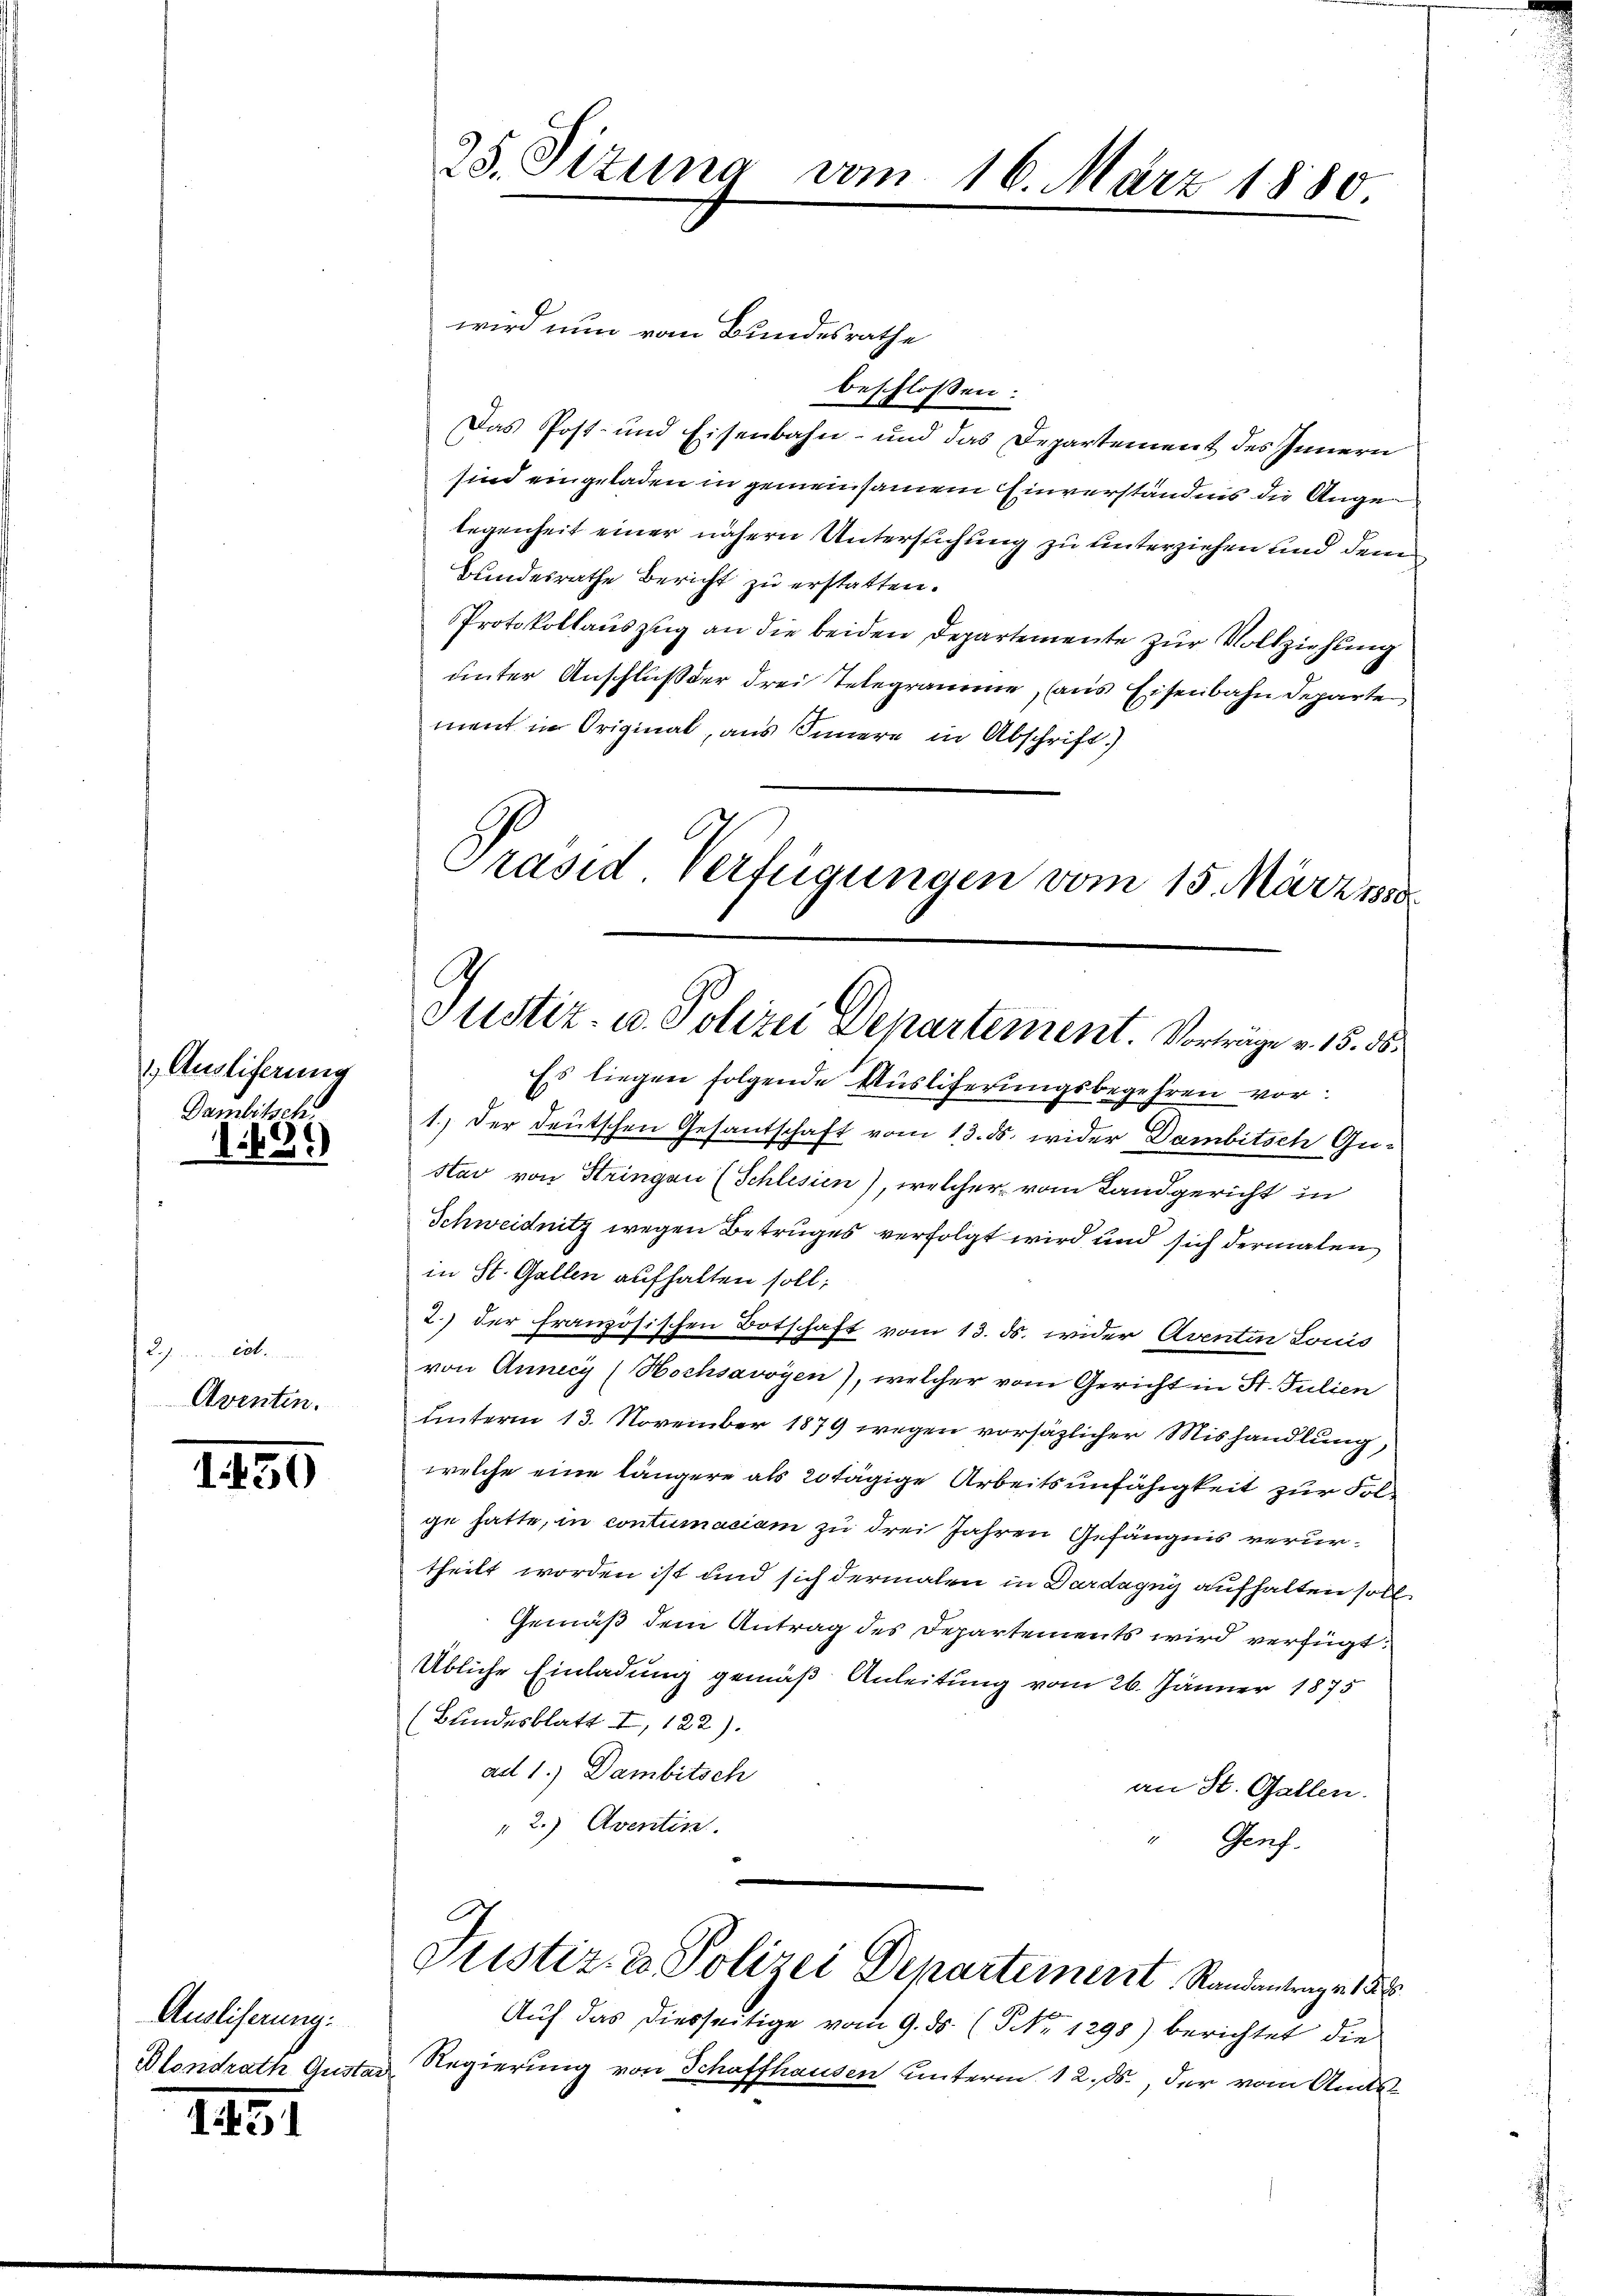
Ausliferung
Dambitsch.
183.

Des wegen
Aventen.

1450

Ausliserung:
Blondrath Gusta

1451

wird nun vom Bundesrathe
beschlossen:
Das Post- und Eisenbahn- und das Departement des Innern
sind eingeladen in gemeinsamen Einverständnis die Angelegenheit einer nähern Untersuchung zu unterziehen und denn
Bundesrathe Bericht zu erstatten.
Protokollauszug an die beiden Departemente zur Vollziehung
unter Anschluß der drei Telegramme, aus Eisenbahndeparte
ment in Original, aus Innere in Abschrift)

25. Sitzung vom 16. März 1880

Präsid Verfügungen vom 15. März 1888
G
Justiz- u. Polizei Departement. Vortrage v. 15. 55.

Es liegen folgende Ausliterungsbegehren vor¬
1.) Der deutschen Gesandschaft vom 13. ds. wider Dambitsch Ge-
stav von Stringen (Schlesien), welcher vom Landgericht in
Schweidnitz wegen Betruges verfolgt wird und sich dermalen
in St. Gallen aufhalten soll;
2.) der französischen Botschaft vom 13. ds. wider Aventin Louis
von Anney (Hochsavoyen), welcher vom Gericht in St. Julien
unterm 13. November 1879 wegen vorsätzlicher Mishandlung,
welche eine längere als 20 tägige Arbeitsunfähigkeit zur Folge hatte, in contumaciam zu drei Jahren Gefängnis verurtheilt worden ist und sich dermalen in Dardagny aufhalten soll
Gemäß dem Antrag des Departements wird verfügt:
Übliche Einladung gemäß Anleitung vom 26. Jänner 1875
(Bundesblatt I, 122).
ad 1.) Dambitsch
an St. Gallen.
" 2.) Aventin.
Genf.
Justiz- & Polizei Departement Randantrage 188
Auf das diesseitige vom 9. ds. (NNo. 1298) berichtet die
Regierung von Schaffhausen unterm 12. ds., der vom Ande